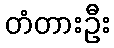
တံတားဦး